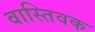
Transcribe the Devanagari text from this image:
वास्‍तिवक